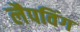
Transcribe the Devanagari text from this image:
लैपविंग